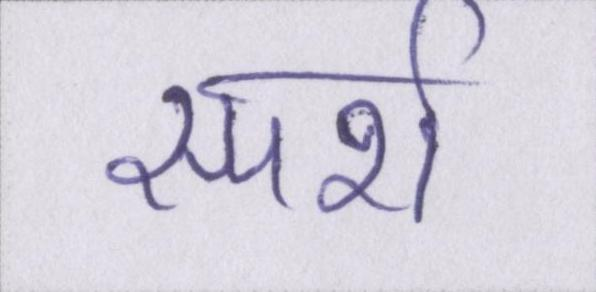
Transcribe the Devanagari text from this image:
स्पर्श